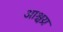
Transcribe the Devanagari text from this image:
आश्चय्र